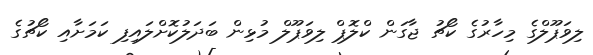
ލިވަޕޫލްގެ މިހާރުގެ ކޯޗު ޖާގަން ކްލޮޕް ލިވަޕޫލް މުޅިން ބަދަލުކޮށްލައިފި ކަމަށާއި ކޯޗުގެ